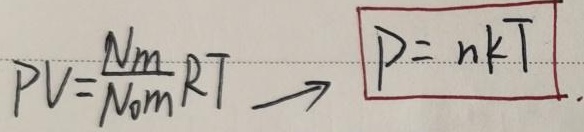
\[
PV=\frac{Nm}{N_{0}m}RT \to \boxed{P = nkT}
\]